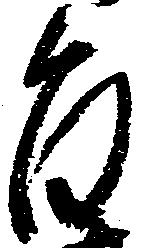
旨